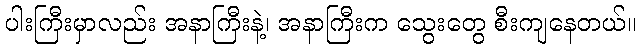
ပါးကြီးမှာလည်း အနာကြီးနဲ့၊ အနာကြီးက သွေးတွေ စီးကျနေတယ်။